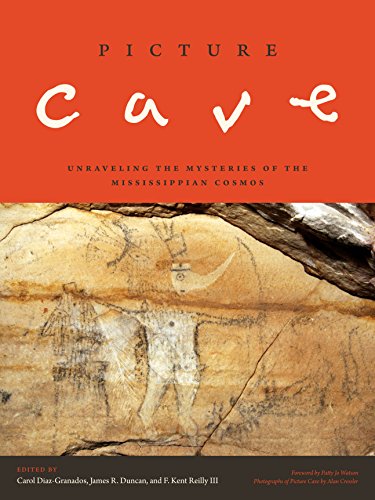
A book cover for Picture Cave: Unraveling the Mysteries of the Mississippian Cosmos (Linda Schele Series in Maya and Pre-Columbian Studies); History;